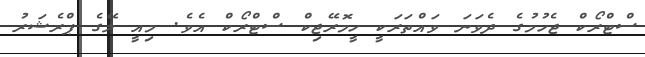
ސްޓްރޯކް ޖެހުމުގެ ދެވަނަ ވައްތަރަކީ ހީމޮރޭޖިކް ސްޓްރޯކް އެވެ. މިއީ ލޭގެ ޕްރެޝަރު